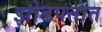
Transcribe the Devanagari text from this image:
झोडपतात